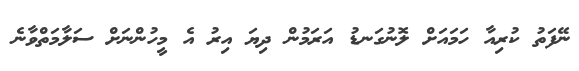
ނޭފަތު ކުރިއާ ހަމައަށް ލޮނުގަނޑު އަރަމުން ދިޔަ އިރު އެ މީހުންނަށް ސަލާމަތްވާނެ